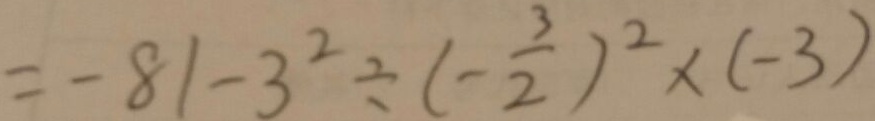
= - 8 1 - 3 ^ { 2 } \div ( - \frac { 3 } { 2 } ) ^ { 2 } \times ( - 3 )